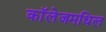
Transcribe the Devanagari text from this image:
काॅलेजमधिल